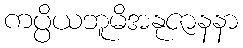
ကပ္ပိယဘူမိအနုဇာနနာ